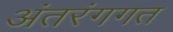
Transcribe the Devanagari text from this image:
अंतरंगगत